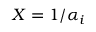
X = 1 / \alpha _ { i }